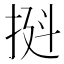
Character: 𫼼